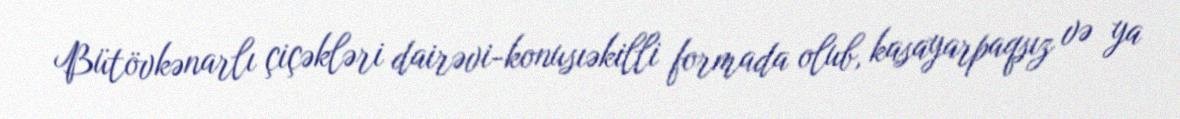
Bütövkənarlı çiçəkləri dairəvi-konusıəkilli formada olub, kasayarpaqsız və ya